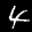
Label: 4